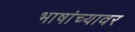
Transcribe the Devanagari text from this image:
भाषांच्यावर